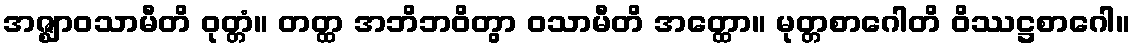
အဇ္ဈာဝသာမီတိ ဝုတ္တံ။ တတ္ထ အဘိဘဝိတွာ ဝသာမီတိ အတ္ထော။ မုတ္တစာဂေါတိ ဝိဿဋ္ဌစာဂေါ။